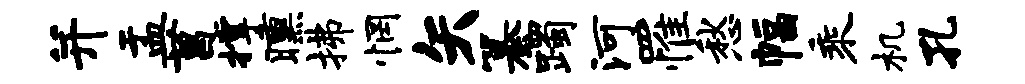
并盂菖撑曛拂惘矢纂躅河罹愁幅乘机孔